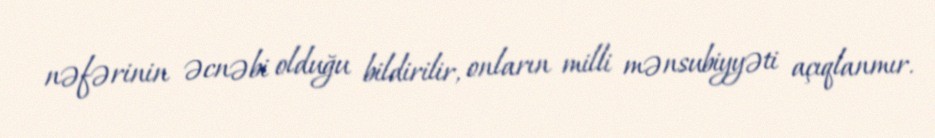
nəfərinin əcnəbi olduğu bildirilir, onların milli mənsubiyyəti açıqlanmır.